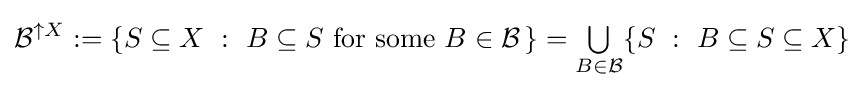
{\mathcal {B}}^{\uparrow X}:=\{S\subseteq X~:~B\subseteq S{\text{ for some }}B\in {\mathcal {B}}\,\}={\textstyle \bigcup \limits _{B\in {\mathcal {B}}}}\{S~:~B\subseteq S\subseteq X\}